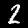
Label: 2